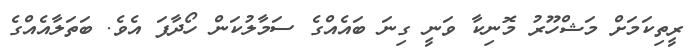
ރީތިކަމަށް މަޝްހޫރު މޮނިކާ ވަނީ ގިނަ ބައެއްގެ ސަމާލުކަން ހޯދާފަ އެވެ. ބަތަލާއެއްގެ